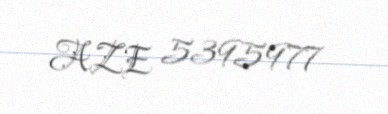
AZE 5395977